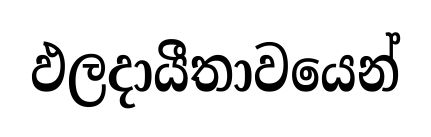
ඵලදායීතාවයෙන්